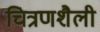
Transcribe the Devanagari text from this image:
चित्रणशैली